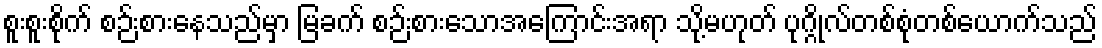
စူးစူးစိုက် စဉ်းစားနေသည်မှာ မြခက် စဉ်းစားသောအကြောင်းအရာ သို့မဟုတ် ပုဂ္ဂိုလ်တစ်စုံတစ်ယောက်သည်